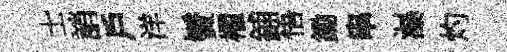
士誚戶洋鬢櫂鋪悟鋤串瀑灼